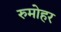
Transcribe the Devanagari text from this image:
रुमोहर